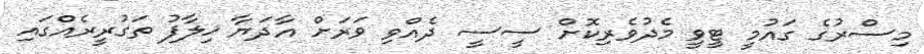
މިސްރުގެ ގައުމީ ޓީވީ މެދުވެރިކޮށް ސީސީ ދެއްވި ވަރަށް އާދަޔާ ޚިލާފު ތަގުރީރެއްގައި